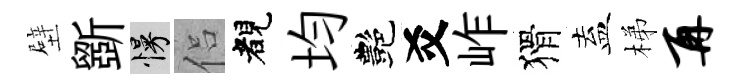
壁斵慢侣睹均艷爻岞猾盍梯再